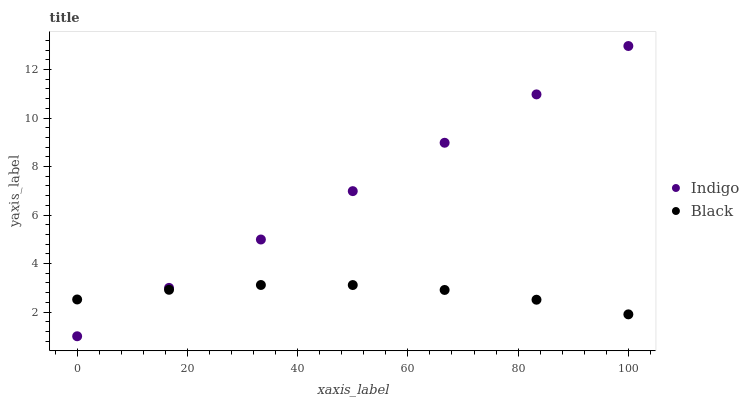
| xaxis_label | Indigo | Black |
 | --- | --- | --- |
 | 0 | 1 | 2.52 |
 | 16.7 | 3 | 2.92 |
 | 33.3 | 4.99 | 3.11 |
 | 50 | 6.99 | 3.11 |
 | 66.7 | 8.98 | 2.91 |
 | 83.3 | 11 | 2.51 |
 | 100 | 13 | 1.9 |